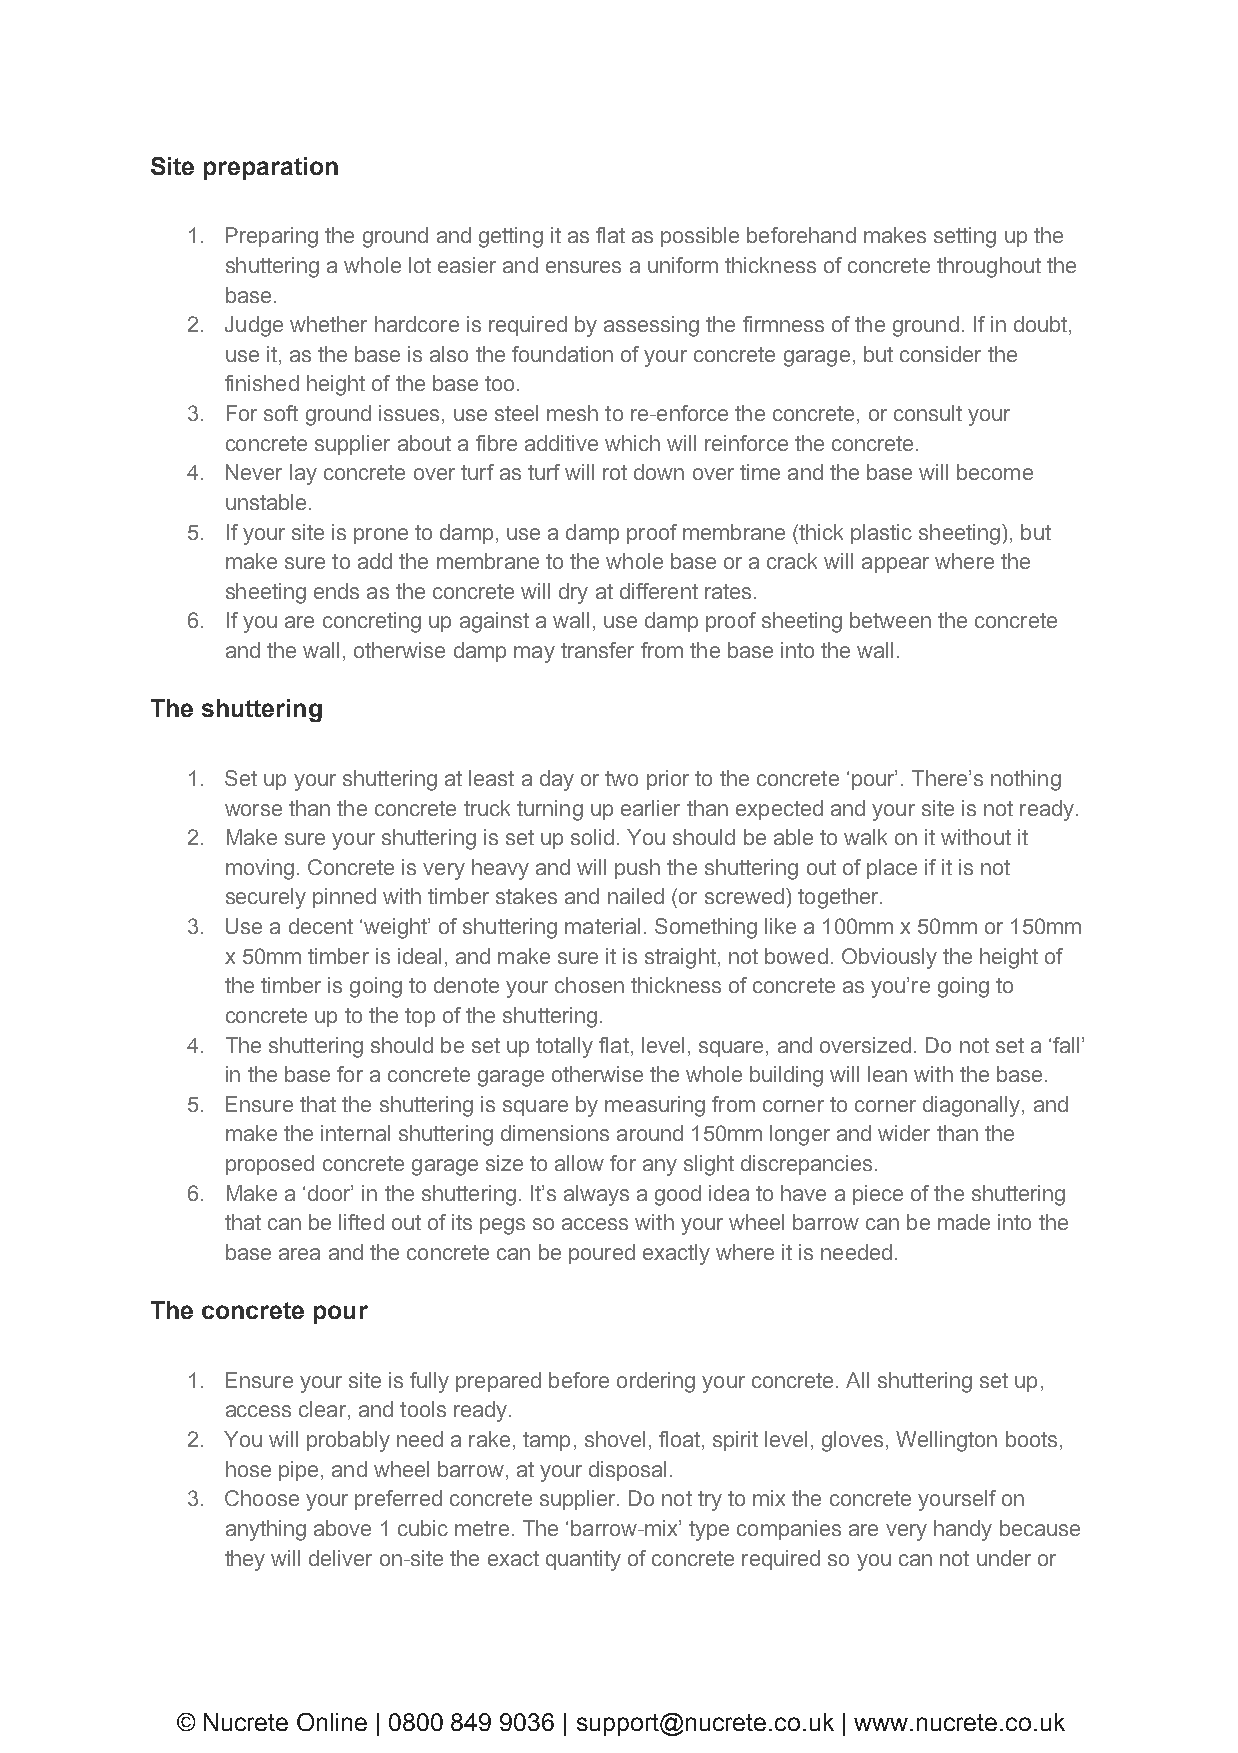
Site preparation
 1. Preparing the ground and getting it as flat as possible beforehand makes setting up the
 shuttering a whole lot easier and ensures a uniform thickness of concrete throughout the
 base.
 2. Judge whether hardcore is required by assessing the firmness of the ground. If in doubt,
 use it, as the base is also the foundation of your concrete garage, but consider the
 finished height of the base too.
 3. For soft ground issues, use steel mesh to re-enforce the concrete, or consult your
 concrete supplier about a fibre additive which will reinforce the concrete.
 4. Never lay concrete over turf as turf will rot down over time and the base will become
 unstable.
 5. If your site is prone to damp, use a damp proof membrane (thick plastic sheeting), but
 make sure to add the membrane to the whole base or a crack will appear where the
 sheeting ends as the concrete will dry at different rates.
 6. If you are concreting up against a wall, use damp proof sheeting between the concrete
 and the wall, otherwise damp may transfer from the base into the wall.
 The shuttering
 1. Set up your shuttering at least a day or two prior to the concrete ‘pour’. There’s nothing
 worse than the concrete truck turning up earlier than expected and your site is not ready.
 2. Make sure your shuttering is set up solid. You should be able to walk on it without it
 moving. Concrete is very heavy and will push the shuttering out of place if it is not
 securely pinned with timber stakes and nailed (or screwed) together.
 3. Use a decent ‘weight’ of shuttering material. Something like a 100mm x 50mm or 150mm
 x 50mm timber is ideal, and make sure it is straight, not bowed. Obviously the height of
 the timber is going to denote your chosen thickness of concrete as you’re going to
 concrete up to the top of the shuttering.
 4. The shuttering should be set up totally flat, level, square, and oversized. Do not set a ‘fall’
 in the base for a concrete garage otherwise the whole building will lean with the base.
 5. Ensure that the shuttering is square by measuring from corner to corner diagonally, and
 make the internal shuttering dimensions around 150mm longer and wider than the
 proposed concrete garage size to allow for any slight discrepancies.
 6. Make a ‘door’ in the shuttering. It’s always a good idea to have a piece of the shuttering
 that can be lifted out of its pegs so access with your wheel barrow can be made into the
 base area and the concrete can be poured exactly where it is needed.
 The concrete pour
 1. Ensure your site is fully prepared before ordering your concrete. All shuttering set up,
 access clear, and tools ready.
 2. You will probably need a rake, tamp, shovel, float, spirit level, gloves, Wellington boots,
 hose pipe, and wheel barrow, at your disposal.
 3. Choose your preferred concrete supplier. Do not try to mix the concrete yourself on
 anything above 1 cubic metre. The ‘barrow-mix’ type companies are very handy because
 they will deliver on-site the exact quantity of concrete required so you can not under or
 © Nucrete Online | 0800 849 9036 | support@nucrete.co.uk | www.nucrete.co.uk